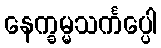
နေက္ခမ္မသင်္ကပ္ပေါ